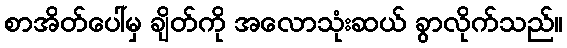
စာအိတ်ပေါ်မှ ချိတ်ကို အလောသုံးဆယ် ခွာလိုက်သည်။